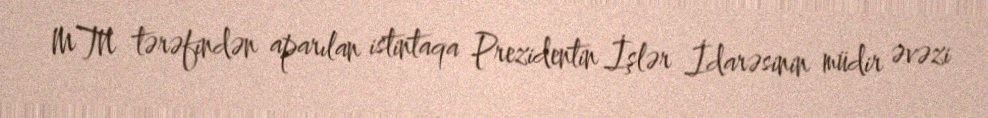
MTN tərəfindən aparılan istintaqa Prezidentin İşlər İdarəsinin müdir əvəzi